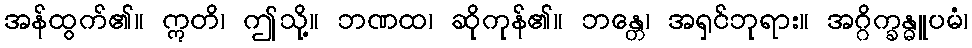
အန်ထွက်၏။ ဣတိ၊ ဤသို့။ ဘဏထ၊ ဆိုကုန်၏။ ဘန္တေ၊ အရှင်ဘုရား။ အဂ္ဂိက္ခန္ဓူပမံ၊